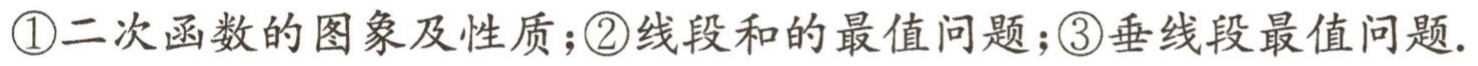
\textcircled{1}二次函数的图象及性质；\textcircled{2}线段和的最值问题；\textcircled{3}垂线段最值问题.